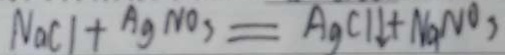
N a C l + A g N O _ { 3 } = A g C l \downarrow + N a N O _ { 3 }